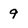
Character: q